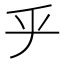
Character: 𠂟